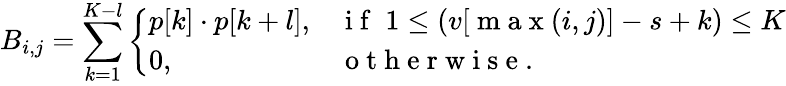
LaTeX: B_{i,j}=\sum_{k=1}^{K-l}\left\{ \begin{array}{ll}{p[k]\cdot p[k+l],}&{\mathrm{~i~f~}\; 1\leq(v[\mathrm{~m~a~x~}(i,j)]-s+k)\leq K}\\ {0,}&{\mathrm{~o~t~h~e~r~w~i~s~e~}.}\end{array}\right.